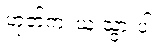
ဟုတ်ကဲ့၊ ယူ သွားပါ။